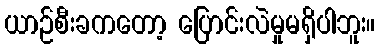
ယာဉ်စီးခကတော့ ပြောင်းလဲမှုမရှိပါဘူး။